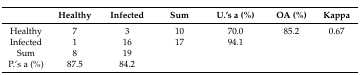
|  | Healthy | Infected | Sum | U.’s a (%) | OA (%) | Kappa |
 | --- | --- | --- | --- | --- | --- | --- |
 | Healthy | 7 | 3 | 10 | 70.0 | 85.2 | 0.67 |
 | Infected | 1 | 16 | 17 | 94.1 |  |  |
 | Sum | 8 | 19 |  |  |  |  |
 | P.’s a (%) | 87.5 | 84.2 |  |  |  |  |